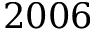
2 0 0 6